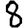
Digit: 8